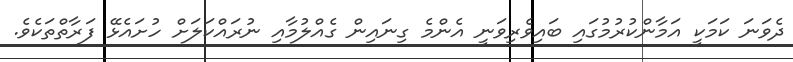
ދެވަނަ ކަމަކީ އަމާންކުރުމުގައި ބައިވެރިވަނީ އެންމެ ގިނައިން ގެއްލުމާއި ނުރައްކަލަށް ހުށައެޅޭ ފަރާތްތަކެވެ.